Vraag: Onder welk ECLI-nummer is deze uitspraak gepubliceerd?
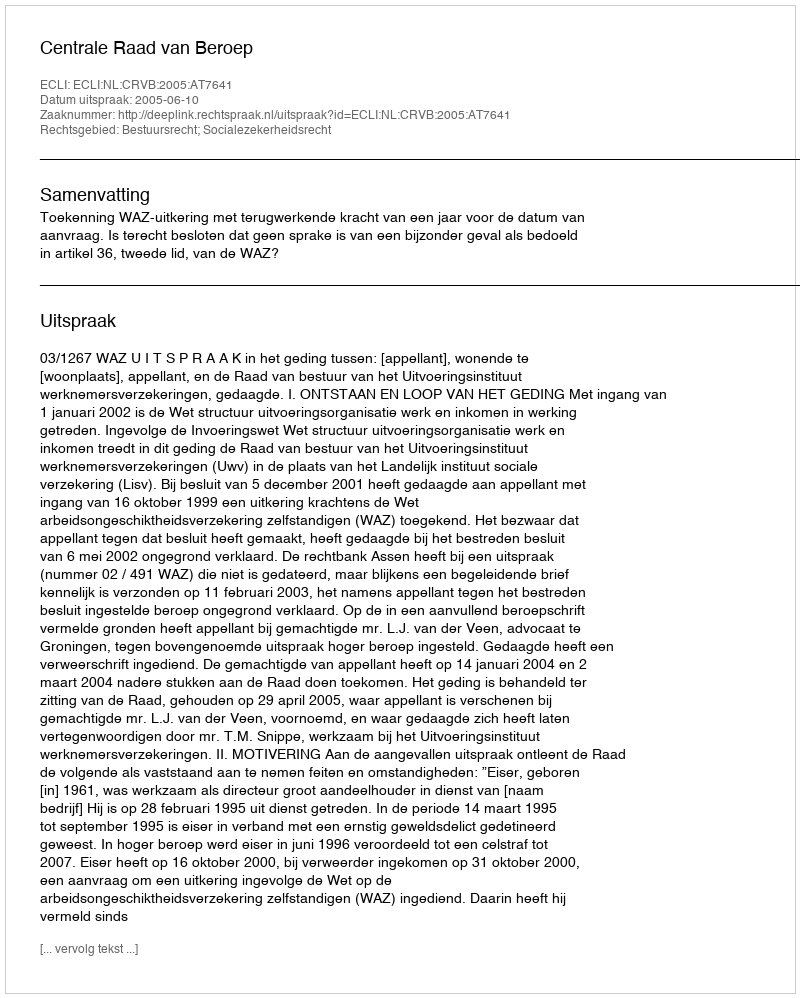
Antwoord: ECLI:NL:CRVB:2005:AT7641